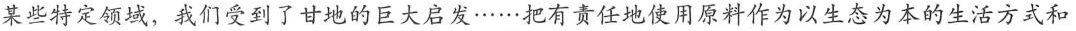
的某些特定领域，我们受到了甘地的巨大启发……把有责任地使用原料作为以生态为本的生活方式和